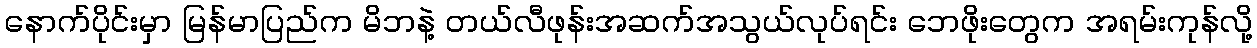
နောက်ပိုင်းမှာ မြန်မာပြည်က မိဘနဲ့ တယ်လီဖုန်းအဆက်အသွယ်လုပ်ရင်း ဘေဖိုးတွေက အရမ်းကုန်လို့